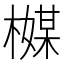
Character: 𬄪